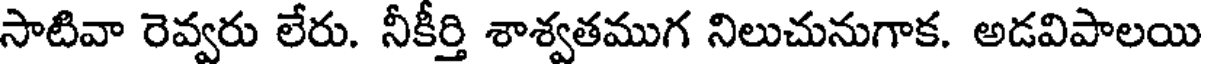
సాటివా రెవ్వరు లేరు. నీకీర్తి శాశ్వతముగ నిలుచునుగాక. అడవిపాలయి